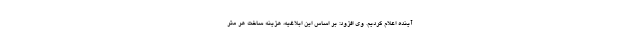
آینده اعلام کردیم. وی افزود: بر اساس این ابلاغیه، هزینه ساخت هر متر